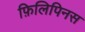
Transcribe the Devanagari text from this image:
फ़िलिपिनस